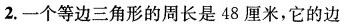
2.一个等边三角形的周长是48厘米，它的边